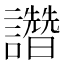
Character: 𧮂